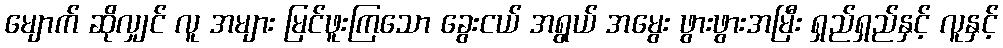
မျောက် ဆိုလျှင် လူ အများ မြင်ဖူးကြသော ခွေးငယ် အရွယ် အမွေး ဖွားဖွားအမြီး ရှည်ရှည်နှင့် လူနှင့်